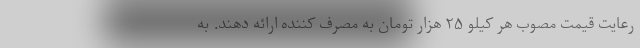
رعایت قیمت مصوب هر کیلو ۲۵ هزار تومان به مصرف کننده ارائه دهند. به